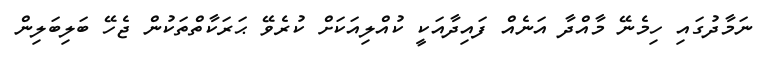
ނަމާދުގައި ހިމެނޭ މާއްދާ އަނެއް ފައިދާއަކީ ކުއްލިއަކަށް ކުރެވޭ ޙަރަކާތްތަކުން ޖެހޭ ބަލިބަލިން